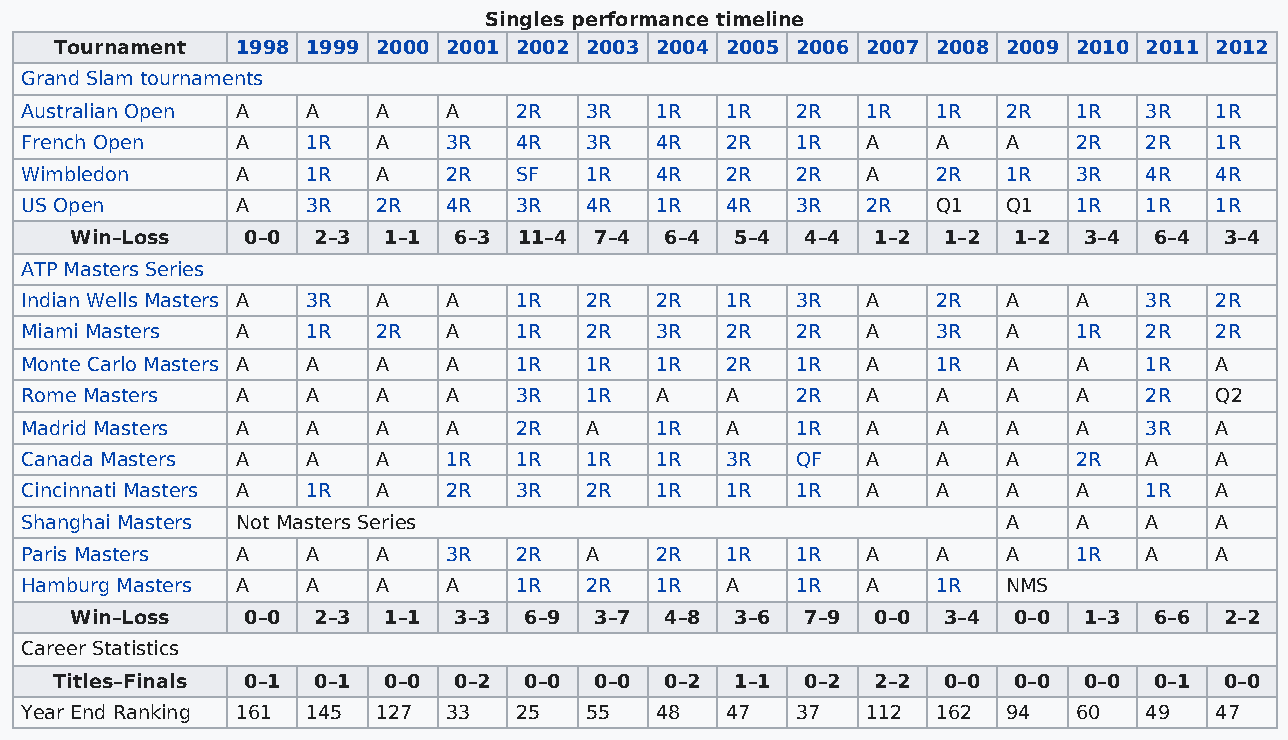
Singles performance timeline
 Tournament  1998 1999 2000 2001 2002 2003 2004 2005 2006 2007 2008 2009 2010 2011 2012
 Grand Slam tournaments
 Australian Open A  A    A    A   2R   3R  1R   1R   2R  1R   1R   2R  1R   3R  1R
 French Open    A   1R   A    3R  4R   3R  4R   2R   1R  A    A    A   2R   2R  1R
 Wimbledon      A   1R   A    2R  SF   1R  4R   2R   2R  A    2R   1R  3R   4R  4R
 US Open        A   3R   2R   4R  3R   4R  1R   4R   3R  2R   Q1   Q1  1R   1R  1R
 Win–Loss   0–0  2–3 1–1  6–3 11–4 7–4  6–4  5–4 4–4  1–2 1–2  1–2  3–4 6–4  3–4
 ATP Masters Series
 Indian Wells Masters A 3R A  A   1R   2R  2R   1R   3R  A    2R   A   A    3R  2R
 Miami Masters  A   1R   2R   A   1R   2R  3R   2R   2R  A    3R   A   1R   2R  2R
 Monte Carlo Masters A A A    A   1R   1R  1R   2R   1R  A    1R   A   A    1R  A
 Rome Masters   A   A    A    A   3R   1R  A    A    2R  A    A    A   A    2R  Q2
 Madrid Masters A   A    A    A   2R   A   1R   A    1R  A    A    A   A    3R  A
 Canada Masters A   A    A    1R  1R   1R  1R   3R   QF  A    A    A   2R   A   A
 Cincinnati Masters A 1R A    2R  3R   2R  1R   1R   1R  A    A    A   A    1R  A
 Shanghai Masters Not Masters Series                               A   A    A   A
 Paris Masters  A   A    A    3R  2R   A   2R   1R   1R  A    A    A   1R   A   A
 Hamburg Masters A  A    A    A   1R   2R  1R   A    1R  A    1R   NMS
 Win–Loss   0–0  2–3 1–1  3–3  6–9 3–7  4–8  3–6 7–9  0–0 3–4  0–0  1–3 6–6  2–2
 Career Statistics
 Titles–Finals 0–1 0–1 0–0 0–2  0–0 0–0  0–2  1–1 0–2  2–2 0–0  0–0  0–0 0–1  0–0
 Year End Ranking 161 145 127 33  25   55  48   47   37  112  162  94  60   49  47